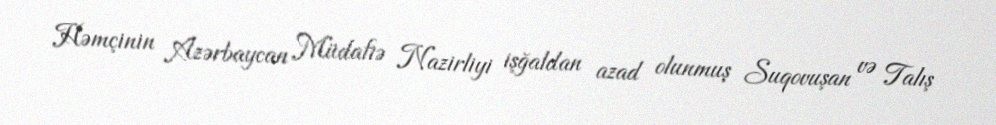
Həmçinin Azərbaycan Müdafiə Nazirliyi işğaldan azad olunmuş Suqovuşan və Talış